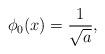
LaTeX: \begin{align*}\phi_{0}(x)=\frac{1}{\sqrt{a}},\end{align*}